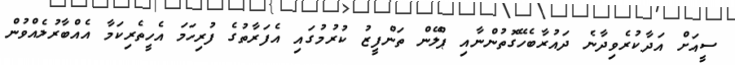
ސީއަށް އަދާކުރެވިދާނެ ދައުރާބެހޭގޮތުންނާއި ޕްލޭން ތަންފީޒު ކުރުމުގައި އެފަރާތުގެ ފުރިހަމަ އެހީތެރިކަމާ އެއްބާރުލެއްވުން